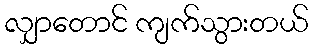
လျှာတောင် ကျက်သွားတယ်